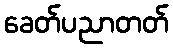
ခေတ်ပညာတတ်